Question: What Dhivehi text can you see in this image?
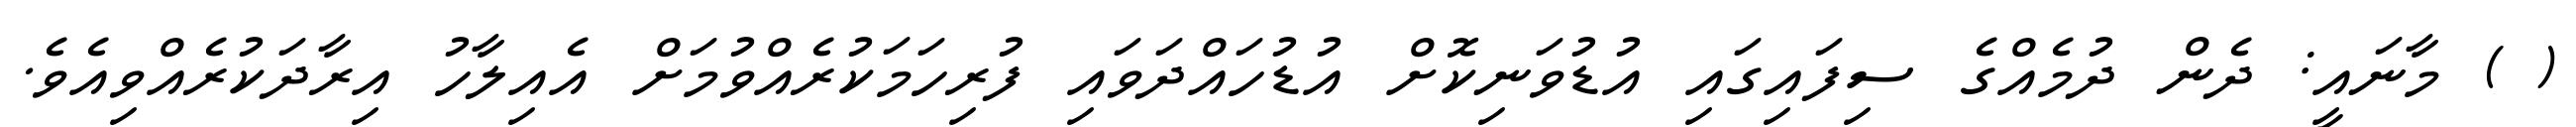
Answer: ( ) މާނައީ: ދެން ދުމެއްގެ ސިފައިގައި އުޑުވަނިކޮށް އުޑުހައްދަވައި ފުރިހަމަކުރެއްވުމަށް އެއިލާހު އިރާދަކުރެއްވިއެވެ.